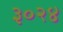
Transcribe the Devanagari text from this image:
३०२४